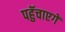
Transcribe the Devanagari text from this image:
पहुॅचाएगें